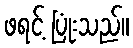
ဖရင့် ပြုံးသည်။